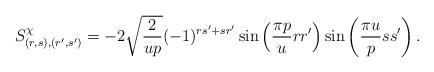
LaTeX: \begin{align*} S^\chi_{(r, s), (r', s')} = -2 \sqrt{\frac{2}{up}} (-1)^{rs'+sr'} \sin\left(\frac{\pi p}{u} rr' \right) \sin\left(\frac{\pi u}{p} ss' \right). \end{align*}